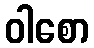
ဝါစော